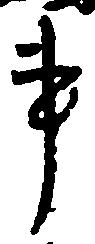
事